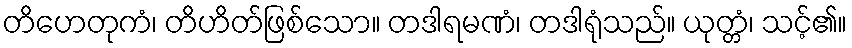
တိဟေတုကံ၊ တိဟိတ်ဖြစ်သော။ တဒါရမဏံ၊ တဒါရုံသည်။ ယုတ္တံ၊ သင့်၏။